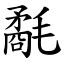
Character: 氄